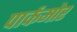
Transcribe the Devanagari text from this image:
पार्कमोर